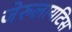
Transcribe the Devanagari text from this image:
जेरुलायटिस